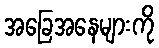
အခြေအနေများကို